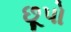
છૂપો